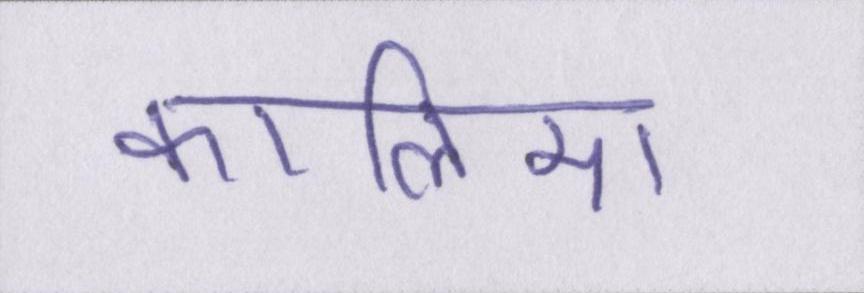
कालिमा